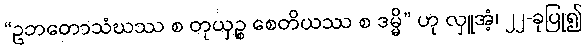
“ဥဘတောသံဃဿ စ တုယှဉ္စ စေတိယဿ စ ဒမ္မိ” ဟု လှူအံ့၊ ၂၂-ခုပြု၍